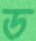
ড